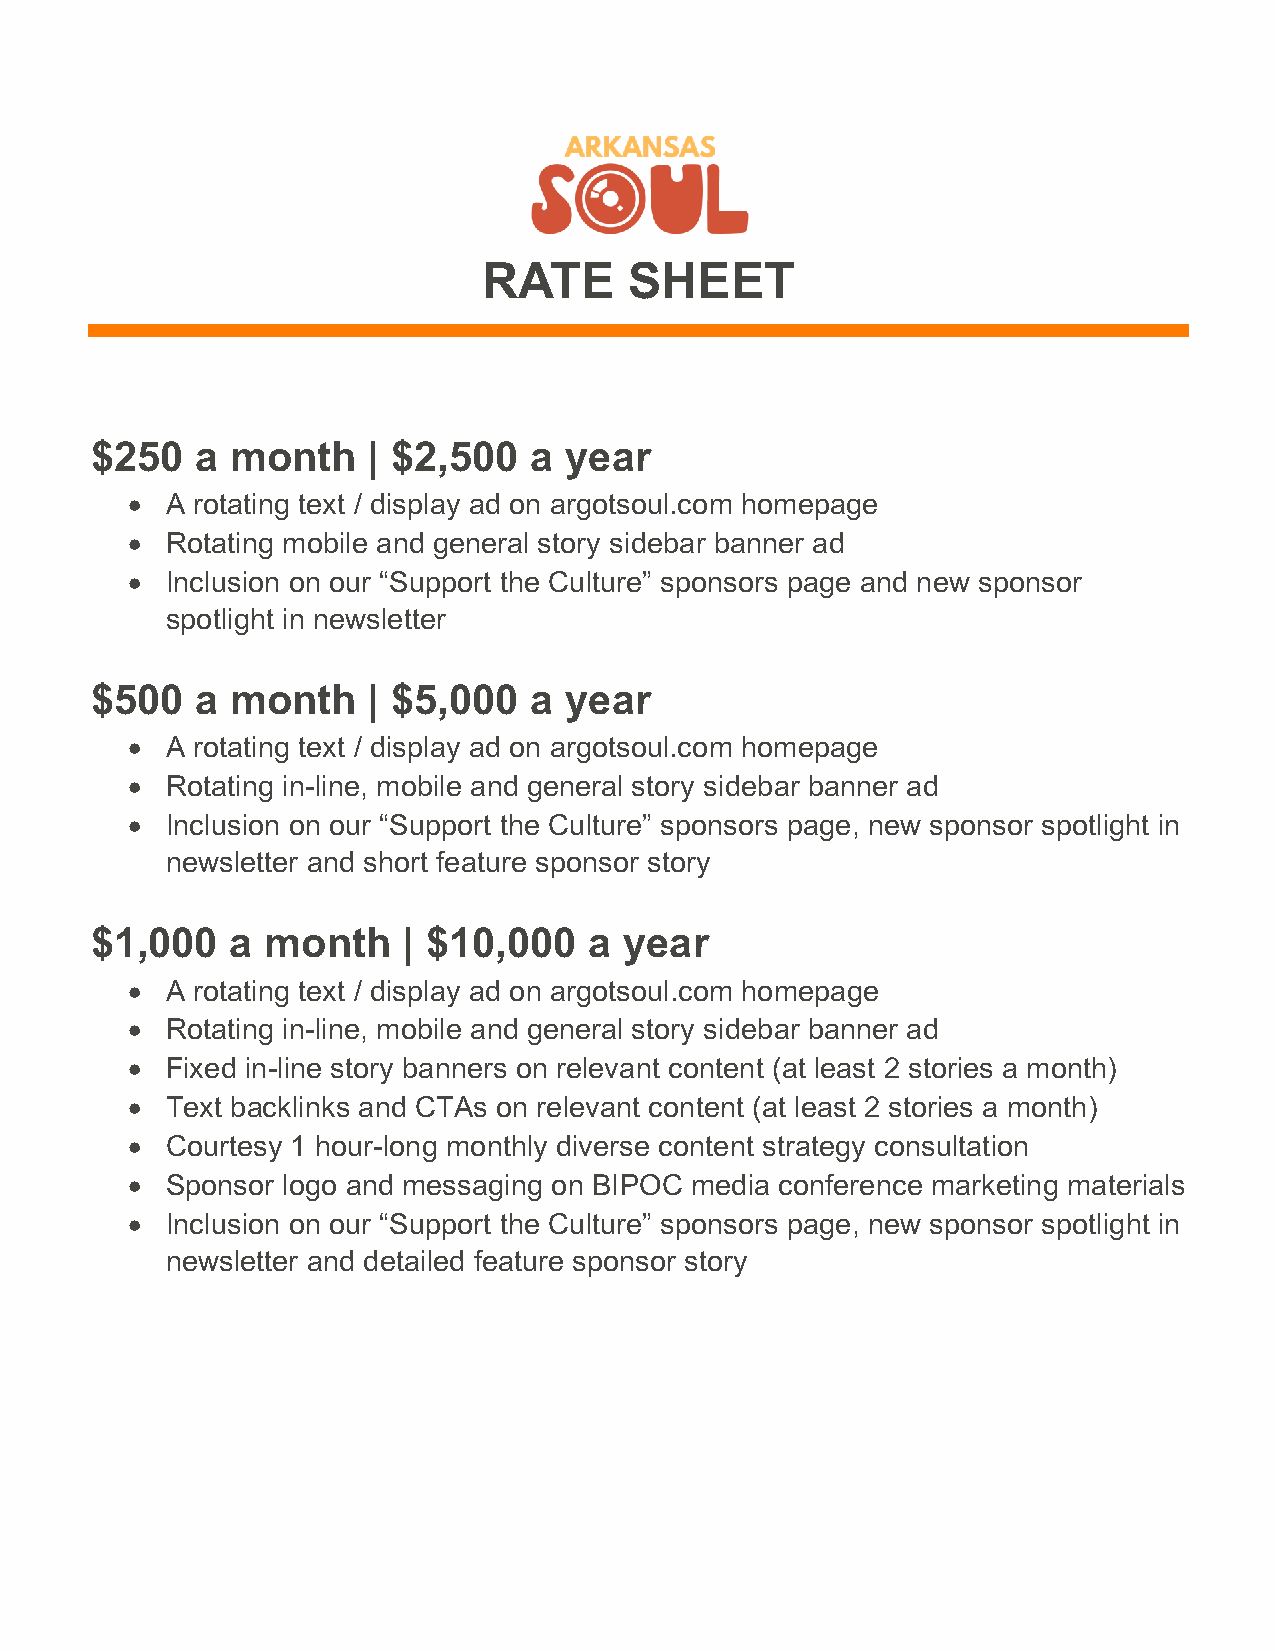
RATE      SHEET
 $250   a month    | $2,500   a year
 •  A rotating text / display ad on argotsoul.com homepage
 •  Rotating mobile and general story sidebar banner ad
 •  Inclusion on our “Support the Culture” sponsors page and new sponsor
 spotlight in newsletter
 $500   a month    | $5,000   a year
 •  A rotating text / display ad on argotsoul.com homepage
 •  Rotating in-line, mobile and general story sidebar banner ad
 •  Inclusion on our “Support the Culture” sponsors page, new sponsor spotlight in
 newsletter and short feature sponsor story
 $1,000   a month     | $10,000   a year
 •  A rotating text / display ad on argotsoul.com homepage
 •  Rotating in-line, mobile and general story sidebar banner ad
 •  Fixed in-line story banners on relevant content (at least 2 stories a month)
 •  Text backlinks and CTAs on relevant content (at least 2 stories a month)
 •  Courtesy 1 hour-long monthly diverse content strategy consultation
 •  Sponsor logo and messaging on BIPOC media conference marketing materials
 •  Inclusion on our “Support the Culture” sponsors page, new sponsor spotlight in
 newsletter and detailed feature sponsor story